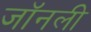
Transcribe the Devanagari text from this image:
जॉनली